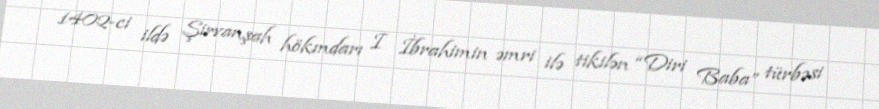
1402-ci ildə Şirvanşah hökmdarı I İbrahimin əmri ilə tikilən “Diri Baba” türbəsi